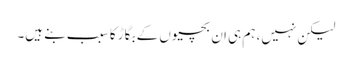
لیکن نہیں، ہم ہی ان بچیوں کے بگاڑ کا سبب بنے ہیں۔